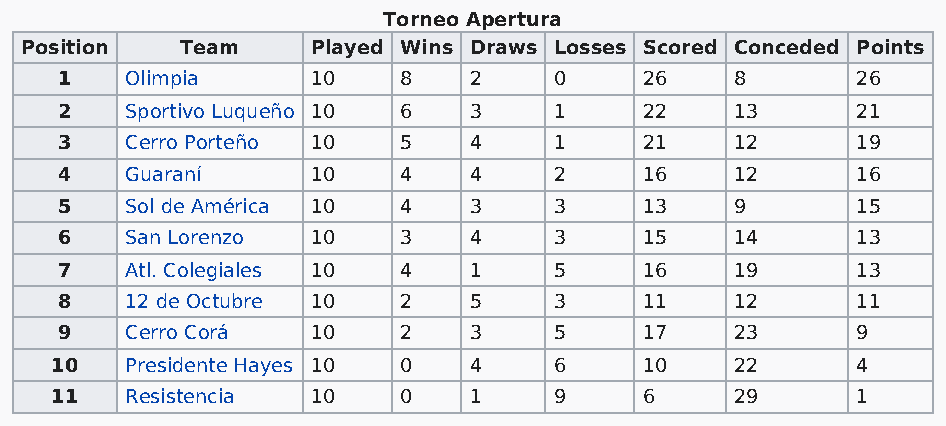
Torneo Apertura
 Position   Team     Played Wins Draws Losses Scored Conceded Points
 1   Olimpia      10   8    2     0     26    8       26
 2   Sportivo Luqueño 10 6  3     1     22    13      21
 3   Cerro Porteño 10  5    4     1     21    12      19
 4   Guaraní      10   4    4     2     16    12      16
 5   Sol de América 10 4    3     3     13    9       15
 6   San Lorenzo  10   3    4     3     15    14      13
 7   Atl. Colegiales 10 4   1     5     16    19      13
 8   12 de Octubre 10  2    5     3     11    12      11
 9   Cerro Corá   10   2    3     5     17    23      9
 10   Presidente Hayes 10 0  4     6     10    22      4
 11   Resistencia  10   0    1     9     6     29      1